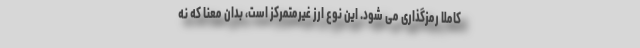
کاملاً رمزگذاری می شود. این نوع ارز غیرمتمرکز است، بدان معنا که نه